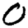
Digit: 0